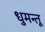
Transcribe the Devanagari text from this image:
धुमन्तू